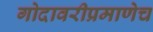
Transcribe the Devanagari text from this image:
गोदावरीप्रमाणेच